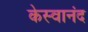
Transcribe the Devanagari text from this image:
केस्वानंद